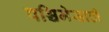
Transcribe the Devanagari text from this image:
पश्चिमेसाठी